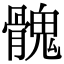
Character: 𩪁